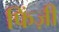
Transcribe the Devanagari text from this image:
फिंज़ी